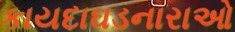
કાયદાઘડનારાઓ